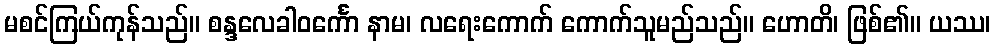
မစင်ကြယ်ကုန်သည်။ စန္ဒလေခါဝင်္ကော နာမ၊ လရေးကောက် ကောက်သူမည်သည်။ ဟောတိ၊ ဖြစ်၏။ ယဿ၊